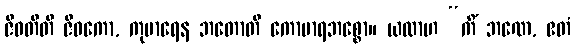
ဇီဝတီတိ ဇီဝကော, ကုမာရေန ဘတောတိ ကောမာရဘစ္စော။ ယထာဟ “ကိံ ဘဏေ, ဧတံ